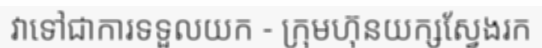
វាទៅជាការទទួលយក - ក្រុមហ៊ុនយក្សស្វែងរក